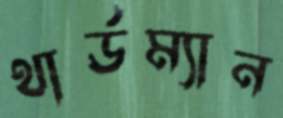
থার্ডম্যান